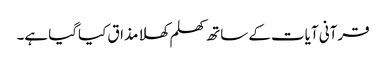
قرآنی آیات کے ساتھ کھلم کھلا مذاق کیاگیا ہے۔